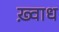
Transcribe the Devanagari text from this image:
ख़्वाध